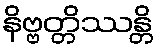
နိဗ္ဗတ္တိဿန္တိ